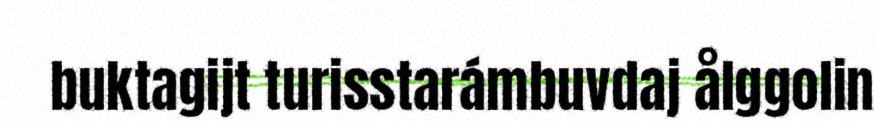
buktagijt turisstarámbuvdaj ålggolin